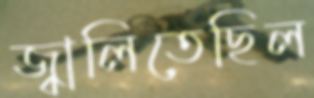
জ্বালিতেছিল